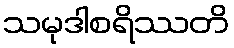
သမုဒါစရိဿတိ